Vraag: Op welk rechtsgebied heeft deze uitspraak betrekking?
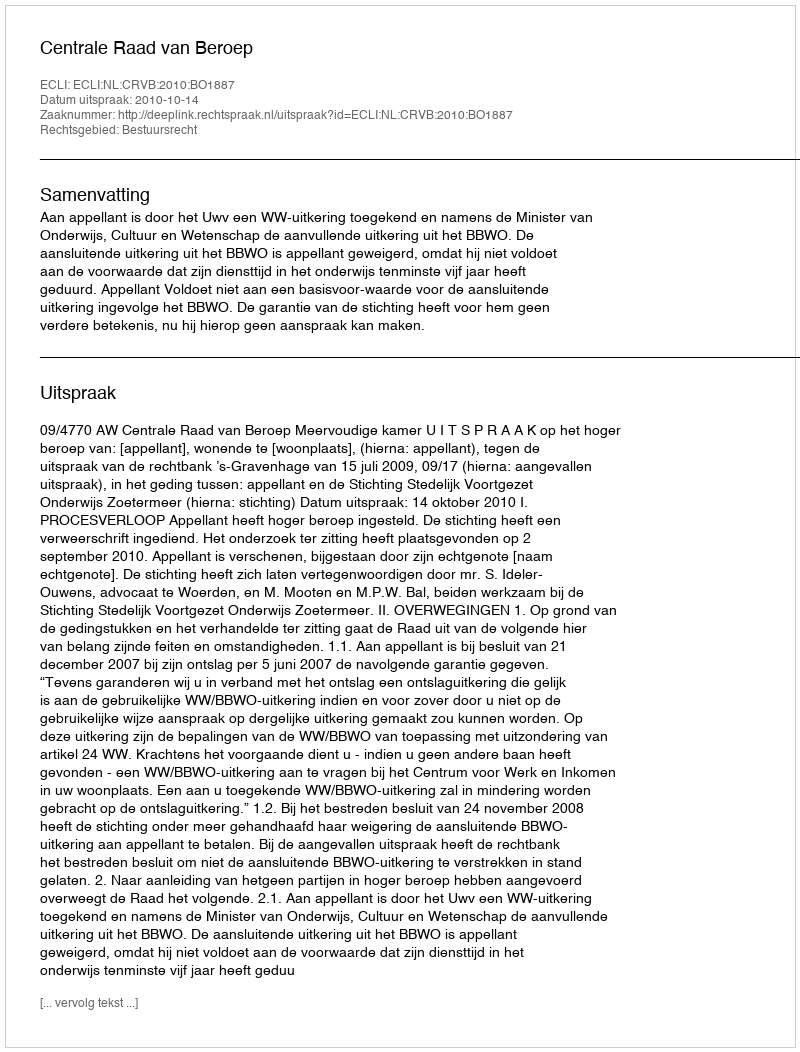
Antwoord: Bestuursrecht